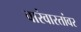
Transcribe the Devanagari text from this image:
वारंवारतांवर